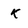
Character: k